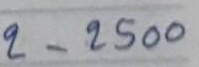
2 - 2500